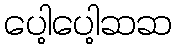
ပေါ့ပေါ့ဆဆ